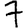
Digit: 7